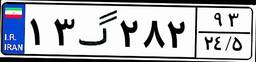
۶۶گ۸۰۴۴۹